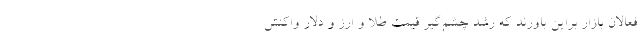
فعالان بازار براین باورند که رشد چشم‌گیر قیمت طلا و ارز و دلار واکنش